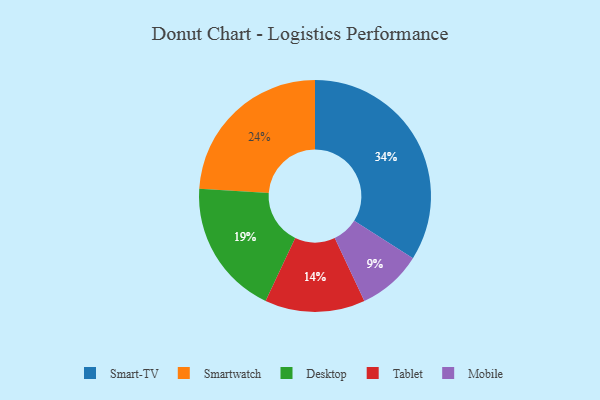
{"axis": {"x": "Category", "y": "Percentage"}, "legend": ["Desktop", "Mobile", "Smart-TV", "Smartwatch", "Tablet"], "data": [{"x": "Tablet", "y": 14, "type": "Tablet"}, {"x": "Desktop", "y": 19, "type": "Desktop"}, {"x": "Smartwatch", "y": 24, "type": "Smartwatch"}, {"x": "Smart-TV", "y": 34, "type": "Smart-TV"}, {"x": "Mobile", "y": 9, "type": "Mobile"}]}